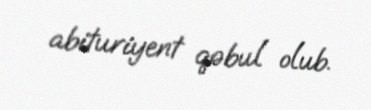
abituriyent qəbul olub.